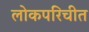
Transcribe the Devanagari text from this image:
लोकपरिचीत